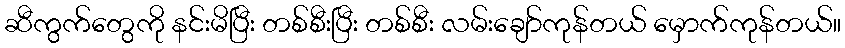
ဆီကွက်တွေကို နင်းမိပြီး တစ်စီးပြီး တစ်စီး လမ်းချော်ကုန်တယ် မှောက်ကုန်တယ်။